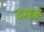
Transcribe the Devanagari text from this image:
उमरू